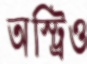
অস্ট্রিও